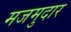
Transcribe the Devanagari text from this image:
मजमुदार